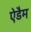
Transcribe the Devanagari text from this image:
ऐडैम